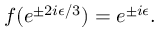
f ( e ^ { \pm 2 i \epsilon / 3 } ) = e ^ { \pm i \epsilon } .